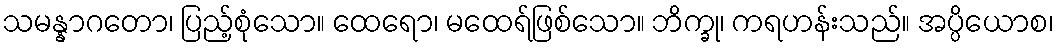
သမန္နာဂတော၊ ပြည့်စုံသော။ ထေရော၊ မထေရ်ဖြစ်သော။ ဘိက္ခု၊ ကရဟန်းသည်။ အပ္ပိယောစ၊